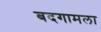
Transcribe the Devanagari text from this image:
बदगामला